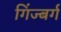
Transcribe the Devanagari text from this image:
गिंज्बर्ग